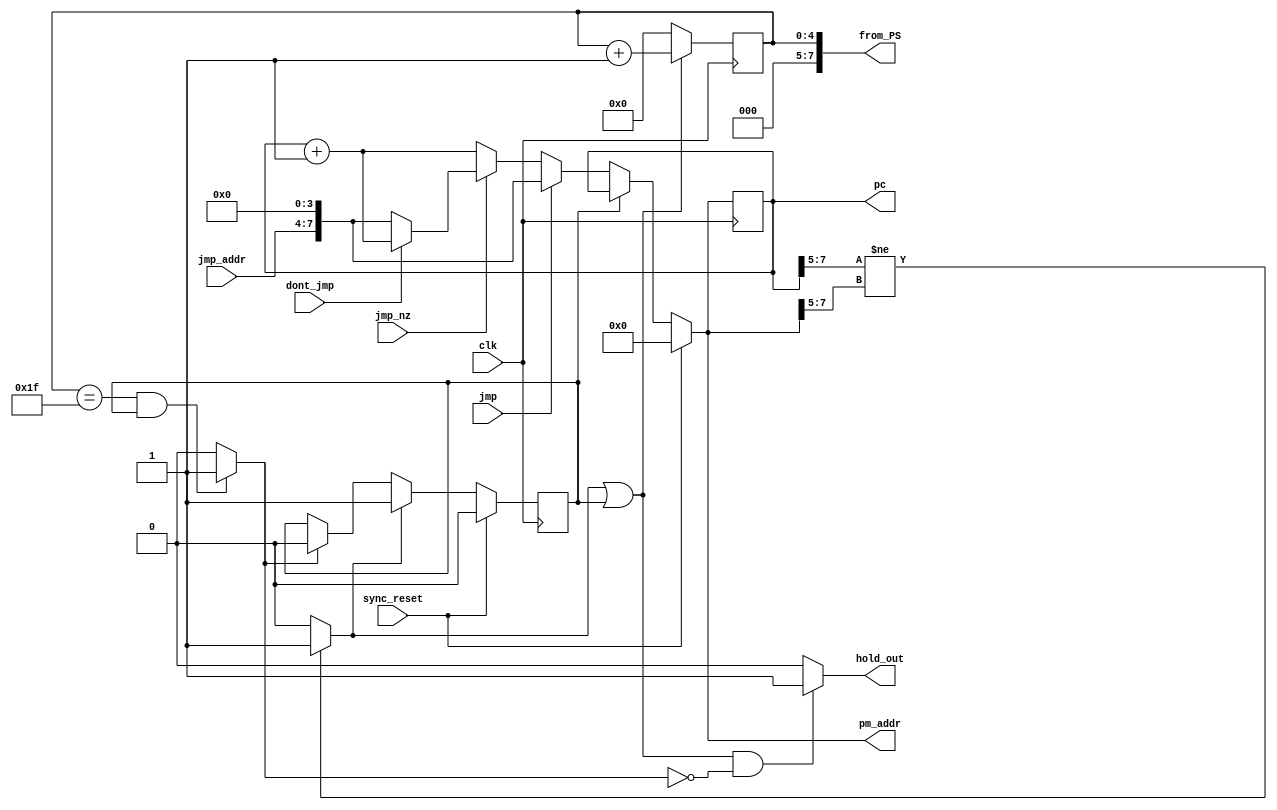
module program_sequencer(
input clk, sync_reset, jmp, jmp_nz, dont_jmp,
input [3:0] jmp_addr,
output reg [7:0] pm_addr,

output reg hold_out,

output reg [7:0] pc,
output reg [7:0] from_PS

);

reg start_hold;
reg end_hold;
reg hold;
reg [4:0] hold_count;

always @ *
	if (pc[7:5] != pm_addr[7:5])
		start_hold = 1'b1;
	else
		start_hold = 1'b0;

always @ (posedge clk)
 	if (start_hold || hold)
		hold_count = hold_count + 1'b1;
	else
		hold_count = 5'b0;

always @ *
	if ((hold_count == 31) && (hold == 1'b1))
		end_hold = 1'b1;
	else
		end_hold = 1'b0;

always @ (posedge clk)
	if (sync_reset)
		hold = 1'b0;
	else if (start_hold)
		hold = 1'b1;
	else if (end_hold)
		hold = 1'b0;
	else
		hold = hold;

always @ *
	if ((start_hold == 1'b1 || hold == 1'b1) && !end_hold)
		hold_out = 1'b1;
	else
		hold_out = 1'b0;



// ***from_PS***
always @ *
	// from_PS = 8'h00;
	// from_PS = pc;
	from_PS = hold_count;

// program counter

// reg [7:0] pc;

always @ (posedge clk)
	// if (hold == 1'b1)
	// 	pc = pc;
	// else
		pc = pm_addr;


// logic

always @ (*)
if (sync_reset)
	pm_addr = 8'H00;
else if (hold == 1'b1)
	pm_addr = pc;
else if (jmp)
	pm_addr = {jmp_addr, 4'H0};
else if (jmp_nz)
	if (dont_jmp == 0)
		pm_addr = {jmp_addr, 4'H0};
	else
		pm_addr = pc + 8'H01;
else
	pm_addr = pc + 8'H01;
endmodule